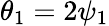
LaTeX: \theta_{1}=2\psi_{1}